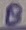
Text: 8